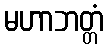
မဟာဘတ္တံ